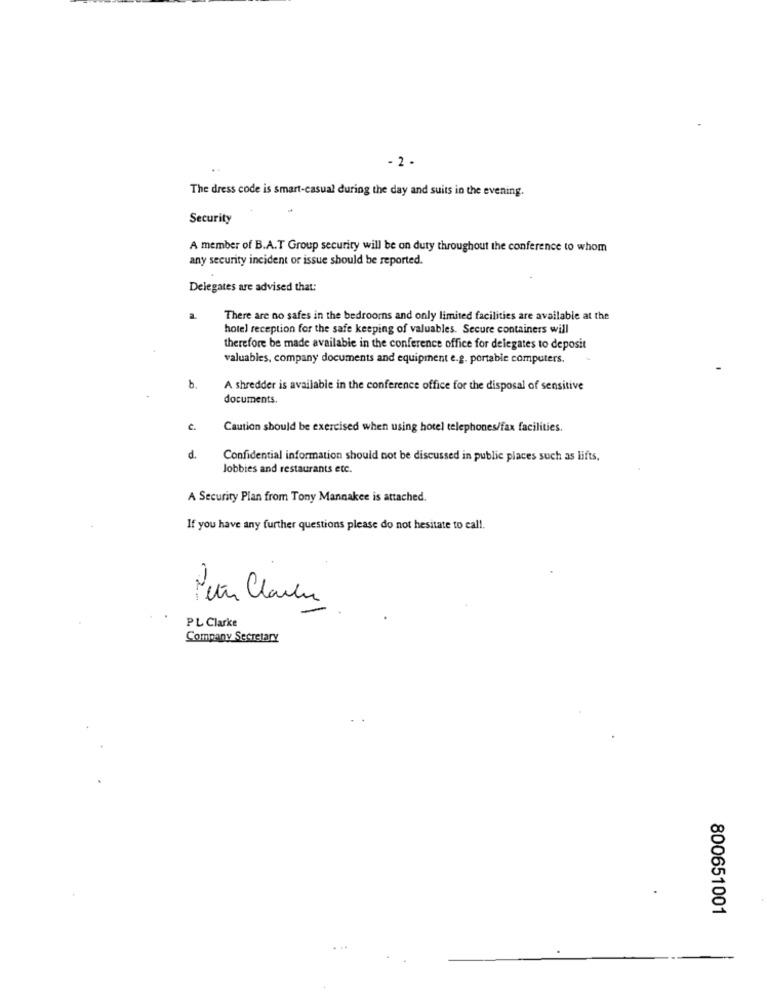
- 2.
The dress code is smart-casual during the day and suits in the evening.
Security
A member of B.A.T Group security will be on duty throughout the conference to whom
any security incident or issue should be reported.
Delegates are advised that:
There are no safes in the bedroomns and only limited facilities are available at the
hotel reception for the safe keeping of valuables. Secure containers will
therefore be made available in the conference office for delegates to deposit
valuables, company documents and equipment e.g. portable computers.
b.
A shredder is available in the conference office for the disposal of sensitive
documents.
Caution should be exercised when using hotel telephones/fax facilities.
d.
Confidential information should not be discussed in public places such as lifts.
Jobbies and restaurants etc.
A Security Plan from Tony Mannakee is attached.
If you have any further questions please do not hesitate to call.
Petr Clausu
PL Clarke
Company Secretary
800651001